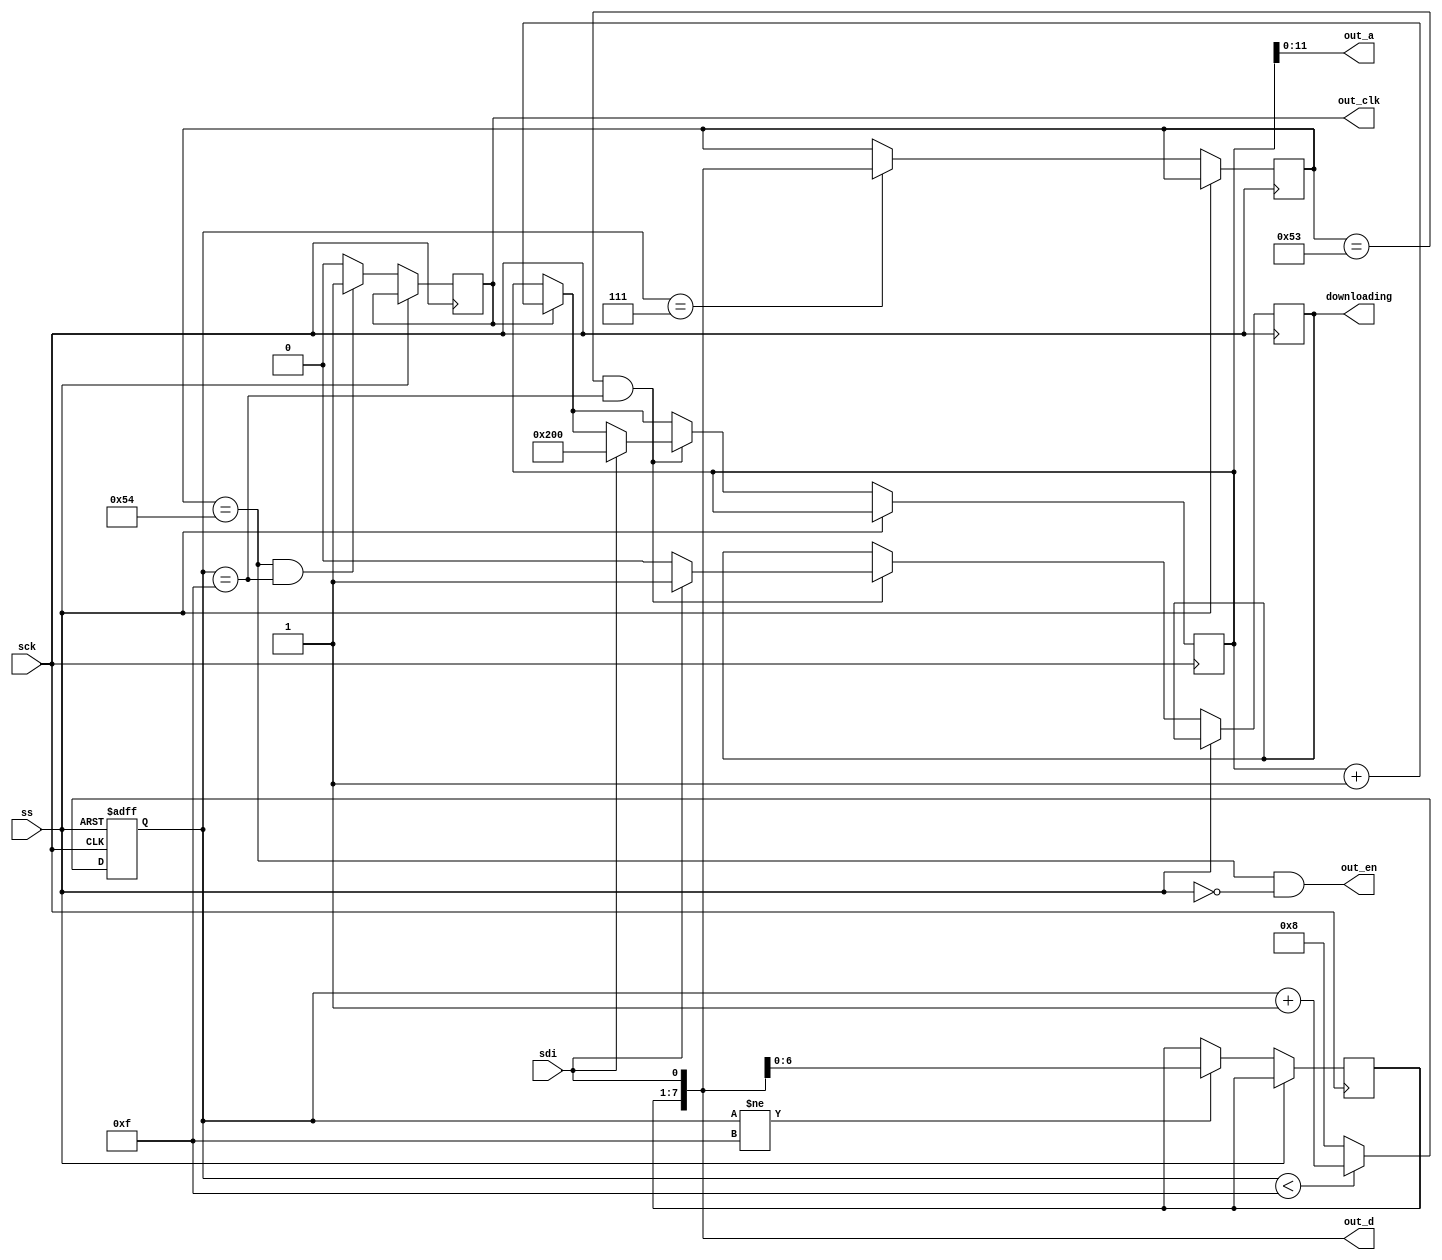
module data_io (
	// io controller spi interface
	input         sck,
	input         ss,
	input         sdi,

	output        downloading,   // signal indicating an active download

	// cpu ram interface
	output 			out_clk,
	output 			out_en,
	output [11:0]  out_a,
	output [7:0]   out_d
);

parameter START_ADDR = 16'h0200;

// *********************************************************************************
// spi client
// *********************************************************************************

// this core supports only the display related OSD commands
// of the minimig
reg [6:0]      sbuf;
reg [7:0]      cmd /* synthesis noprune */;
reg [7:0]      data /* synthesis noprune */;
reg [4:0]      cnt /* synthesis noprune */;

reg [15:0]     addr /* synthesis noprune */;
reg rclk /* synthesis noprune */;

localparam UIO_FILE_TX      = 8'h53;
localparam UIO_FILE_TX_DAT  = 8'h54;

assign downloading = downloading_reg;
reg downloading_reg = 1'b0;

// data_io has its own SPI interface to the io controller
always@(posedge sck, posedge ss) begin
	if(ss == 1'b1)
		cnt <= 5'd0;
	else begin
		rclk <= 1'b0;

		// don't shift in last bit. It is evaluated directly
		// when writing to ram
		if(cnt != 15)
			sbuf <= { sbuf[5:0], sdi};

		// increase target address after write
		if(rclk)
			addr <= addr + 16'd1;
	 
		// count 0-7 8-15 8-15 ... 
		if(cnt < 15) 	cnt <= cnt + 4'd1;
		else				cnt <= 4'd8;

		// finished command byte
      if(cnt == 7)
			cmd <= {sbuf, sdi};

		// prepare/end transmission
		if((cmd == UIO_FILE_TX) && (cnt == 15)) begin
			// prepare
			if(sdi) begin
				addr <= START_ADDR;
				downloading_reg <= 1'b1; 
			end else
				downloading_reg <= 1'b0; 
		end
		
		// command 0x54: UIO_FILE_TX
		if((cmd == UIO_FILE_TX_DAT) && (cnt == 15)) begin
			data <= {sbuf, sdi};
			rclk <= 1'b1;
		end
	end
end

assign out_clk = rclk;
assign out_en = (cmd == UIO_FILE_TX_DAT) && !ss;
assign out_a = addr[11:0];
assign out_d = {sbuf, sdi};

endmodule